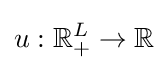
u:\mathbb {R} _{+}^{L}\rightarrow \mathbb {R}